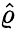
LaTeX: \hat{\varrho}